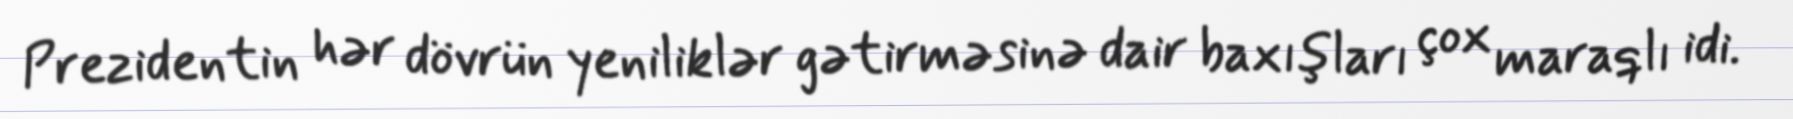
Prezidentin hər dövrün yeniliklər gətirməsinə dair baxışları çox maraqlı idi.